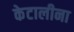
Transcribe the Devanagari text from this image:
केटालीना